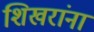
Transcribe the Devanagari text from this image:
शिखरांना